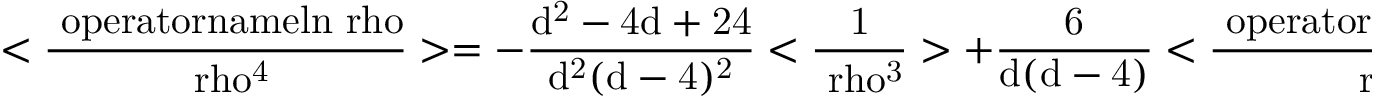
\mathrm { < \frac { \ o p e r a t o r n a m e { l n } \ r h o } { \ r h o ^ { 4 } } > = - \frac { d ^ { 2 } - 4 d + 2 4 } { d ^ { 2 } ( d - 4 ) ^ { 2 } } < \frac { 1 } { \ r h o ^ { 3 } } > + \frac { 6 } { d ( d - 4 ) } < \frac { \ o p e r a t o r n a m e { l n } \ r h o } { \ r h o ^ { 3 } } > - }